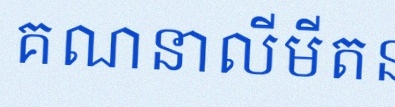
គណនាលីមីត